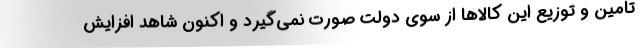
تامین و توزیع این کالاها از سوی دولت صورت نمی‌گیرد و اکنون شاهد افزایش